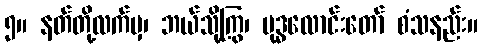
၅။ နတ်တို့လက်မှ၊ ဘယ်သို့ကြွ၊ ဗုဒ္ဓလောင်းတော် စံသနည်း။